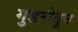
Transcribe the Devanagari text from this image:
गुडरीतून